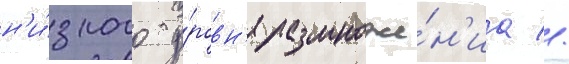
н'и́зкого у́ровн'я размноже́н'иа //